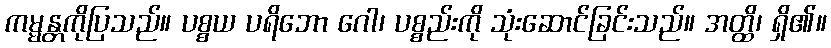
ကမ္မန္တကိုပြသည်။ ပစ္စယ ပရိဘော ဂေါ၊ ပစ္စည်းကို သုံးဆောင်ခြင်းသည်။ အတ္ထိ၊ ရှိ၏။